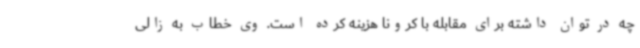
چه در توان داشته برای مقابله با کرونا هزینه کرده است. وی خطاب به زالی